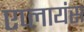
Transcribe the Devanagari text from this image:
एप्लायंस